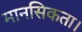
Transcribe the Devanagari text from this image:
मानसिकता।